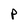
Character: P